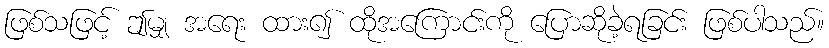
ဖြစ်သဖြင့် ဤမျှ အရေး ထား၍ ထိုအကြောင်းကို ပြောဆိုခဲ့ရခြင်း ဖြစ်ပါသည်။